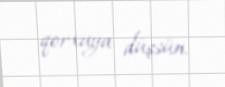
qorxuya düşsün.